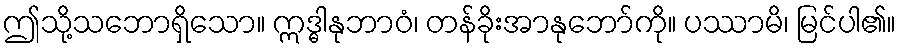
ဤသို့သဘောရှိသော။ ဣဒ္ဓါနုဘာဝံ၊ တန်ခိုးအာနုဘော်ကို။ ပဿာမိ၊ မြင်ပါ၏။